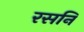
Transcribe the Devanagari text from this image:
रसनि